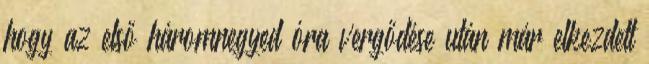
hogy az első háromnegyed óra vergődése után már elkezdett